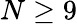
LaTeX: N\geq 9